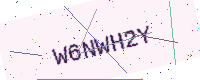
Text: W6NWH2Y